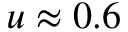
u \approx 0 . 6